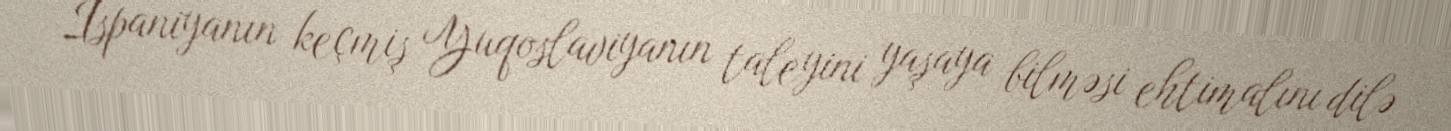
İspaniyanın keçmiş Yuqoslaviyanın taleyini yaşaya bilməsi ehtimalını dilə